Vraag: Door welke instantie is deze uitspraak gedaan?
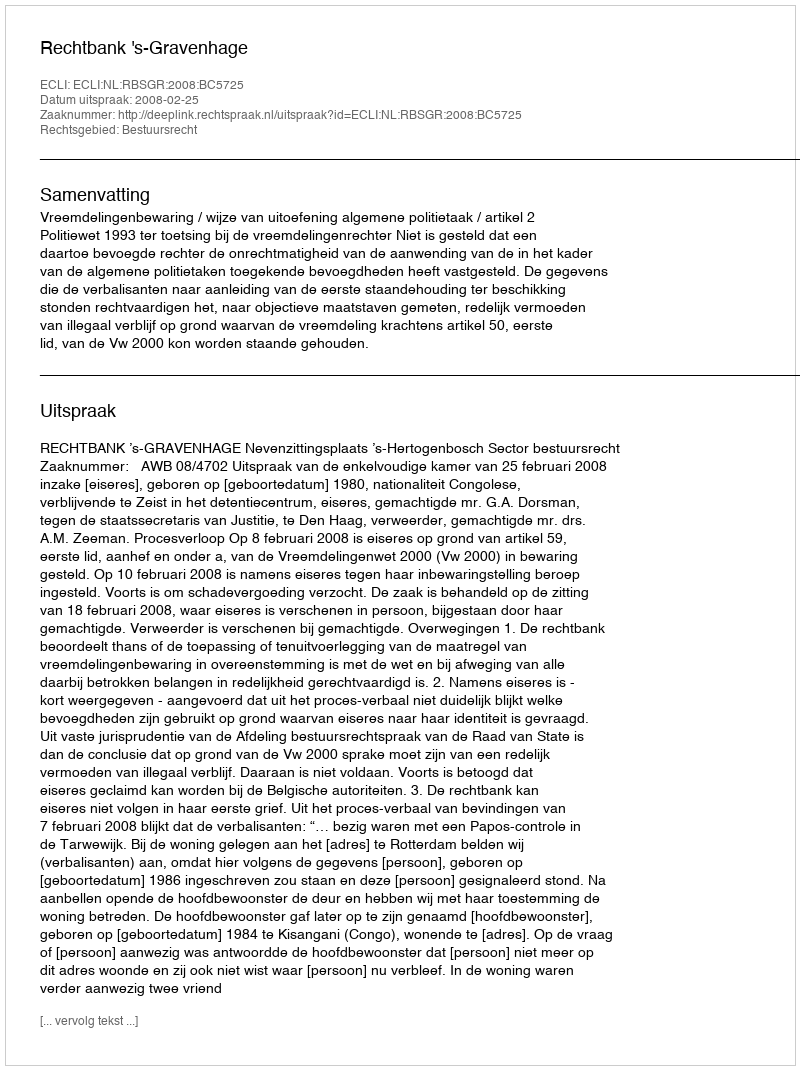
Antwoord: Rechtbank 's-Gravenhage